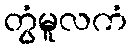
တွံမူလကံ